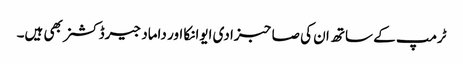
ٹرمپ کے ساتھ ان کی صاحبزادی ایوانکا اور داماد جیرڈ کشنر بھی ہیں۔